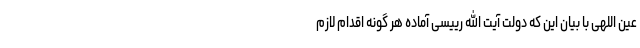
عین اللهی با بیان این که دولت آیت الله رییسی آماده هر گونه اقدام لازم